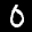
Label: 0